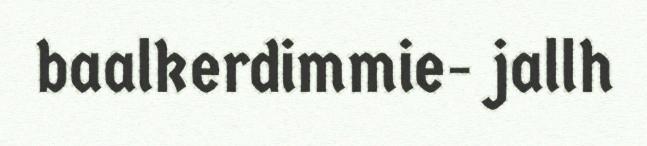
baalkerdimmie- jallh